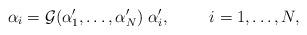
LaTeX: \begin{align*}\alpha_i={\cal{G}}(\alpha'_1, \ldots , \alpha'_N) \; \alpha'_i, \hspace{10mm}i= 1, \ldots , N ,\end{align*}